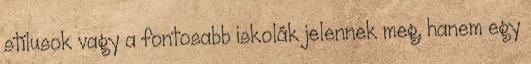
stílusok vagy a fontosabb iskolák jelennek meg, hanem egy